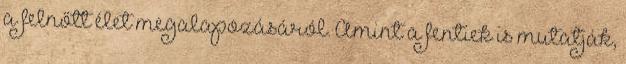
a felnőtt élet megalapozásáról. Amint a fentiek is mutatják,